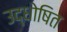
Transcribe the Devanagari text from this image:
उद्धोषित